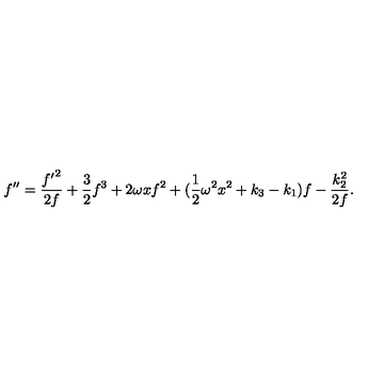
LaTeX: f ^ { \prime \prime } = { \frac { { f ^ { \prime } } ^ { 2 } } { 2 f } } + { \frac { 3 } { 2 } } f ^ { 3 } + 2 \omega x f ^ { 2 } + ( \mathrm { \frac { 1 } { 2 } } \omega ^ { 2 } x ^ { 2 } + k _ { 3 } - k _ { 1 } ) f - { \frac { k _ { 2 } ^ { 2 } } { 2 f } } .